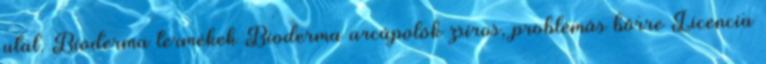
utal. Bioderma termékek Bioderma arcápolók zsíros, problémás bőrre Licencia